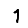
Digit: 1